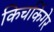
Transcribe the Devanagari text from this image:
किचकिंगेर